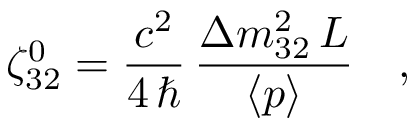
\zeta _ { 3 2 } ^ { 0 } = \frac { c ^ { 2 } } { 4 \, \hbar } \, \frac { \Delta m _ { 3 2 } ^ { 2 } \, L } { \langle p \rangle } \quad ,